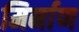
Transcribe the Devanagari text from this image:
मिर्नाण